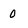
Character: 0